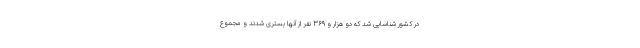
در کشور شناسایی شد که دو هزار و ۳۶۹ نفر از آنها بستری شدند و مجموع